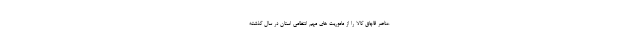
عناصر قاچاق کالا را از ماموریت های مهم انتظامی استان در سال گذشته